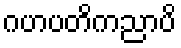
ဂဟပတိကညာပိ